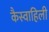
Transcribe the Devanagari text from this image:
कैस्वाहिली